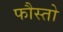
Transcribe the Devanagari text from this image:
फौस्तो